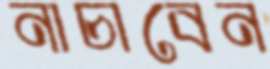
নাচাবেন